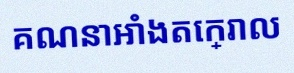
គណនាអាំងតេក្រាល